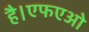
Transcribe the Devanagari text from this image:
है।एफएओ